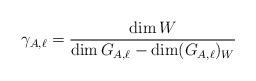
LaTeX: \begin{align*}\gamma_{A,\ell} = \frac{\dim W}{\dim G_{A,\ell} - \dim (G_{A,\ell})_W}\end{align*}